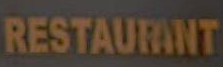
RESTAURANT